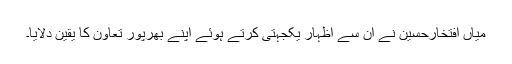
میاں افتخارحسین نے ان سے اظہار یکجہتی کرتے ہوئے اپنے بھرپور تعاون کا یقین دلایا۔